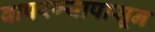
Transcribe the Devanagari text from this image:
वापरण्यापासून